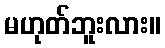
မဟုတ်ဘူးလား။